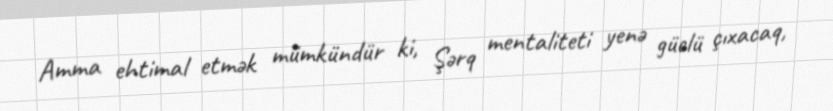
Amma ehtimal etmək mümkündür ki, Şərq mentaliteti yenə güclü çıxacaq,